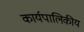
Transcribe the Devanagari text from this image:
कार्यपालिकीय